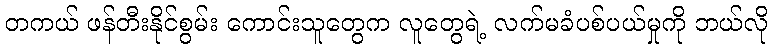
တကယ် ဖန်တီးနိုင်စွမ်း ကောင်းသူတွေက လူတွေရဲ့ လက်မခံပစ်ပယ်မှုကို ဘယ်လို